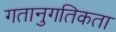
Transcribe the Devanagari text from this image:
गतानुगतिकता